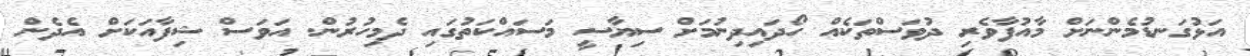
އަޅުގަނޑުމެންނަށް މާއުފާވެރި ދުވަސްތަކެއް ހޯދައިދިނުމަށް ސިޔާސީ މަސައްކަތުގައި ދެމިހުރުން. އަވަސް ޝިފާއަކަށް އެދެން